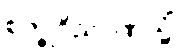
စက္ခုဝိညာဏသ္မိံ